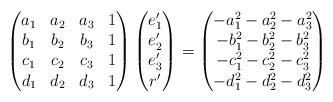
LaTeX: \begin{align*}\begin{pmatrix}a_1&a_2&a_3&1\\b_1&b_2&b_3&1\\c_1&c_2&c_3&1\\d_1&d_2&d_3&1\end{pmatrix}\begin{pmatrix}e_1'\\e_2'\\e_3'\\r'\end{pmatrix}=\begin{pmatrix}-a_1^2-a_2^2-a_3^2\\-b_1^2-b_2^2-b_3^2\\-c_1^2-c_2^2-c_3^2\\-d_1^2-d_2^2-d_3^2\end{pmatrix}\end{align*}